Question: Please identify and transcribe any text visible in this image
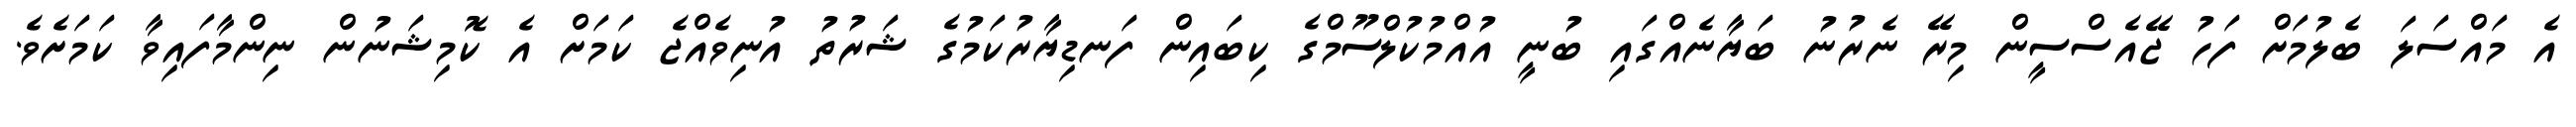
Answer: އެ މައްސަލަ ބެލުމަށް ފަހު ޖޭއެސްސީން މިރޭ ނެރުނު ބަޔާނެއްގައި ބުނީ އުއްމުކުލްސޫމްގެ ކިބައިން ފަނޑިޔާރުކަމުގެ ޝަރުތު އުނިވެއްޖެ ކަމަށް އެ ކޮމިޝަނުން ނިންމާފައިވާ ކަމަށެވެ.